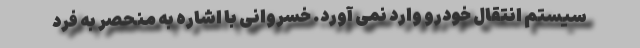
سیستم انتقال خودرو وارد نمی آورد. خسروانی با اشاره به منحصر به فرد